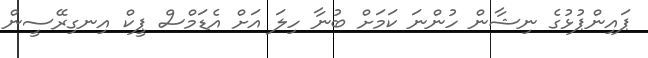
ޕައިންޕުޅުގެ ނިޝާން ހުންނަ ކަމަށް ބުނާ ހިލަ އަށް އެޑަމްސް ޕީކް އިނގިރޭސީން